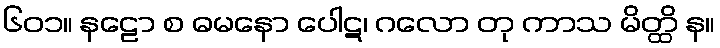
၆၀၁။ နဠော စ ဓမနော ပေါဋ၊ ဂလော တု ကာသ မိတ္ထိ န။